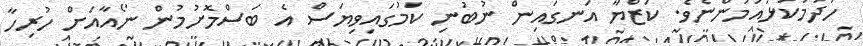
ހަދުމަކުޅައުމުންނެވެ. ކަޒްޔާ އަނގައިން ނުބުނި ކަމުގައިވިޔަސް އެ ބަސްމޮށުމުން ނޯއާއަށް ހުރިހާ